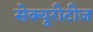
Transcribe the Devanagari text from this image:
सेक्यूरीटीज